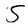
Character: S